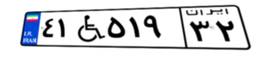
۴۱W۵۱۹۳۲